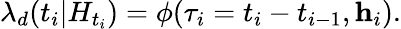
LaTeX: \lambda_{d}(t_{i}|H_{t_{i}})=\phi(\tau_{i}=t_{i}-t_{i-1},\textbf{h}_{i}).